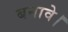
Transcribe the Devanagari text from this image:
बनावे।